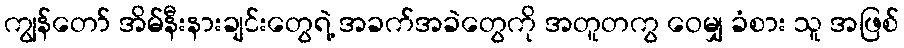
ကျွန်တော် အိမ်နီးနားချင်းတွေရဲ့ အခက်အခဲတွေကို အတူတကွ ဝေမျှ ခံစား သူ အဖြစ်